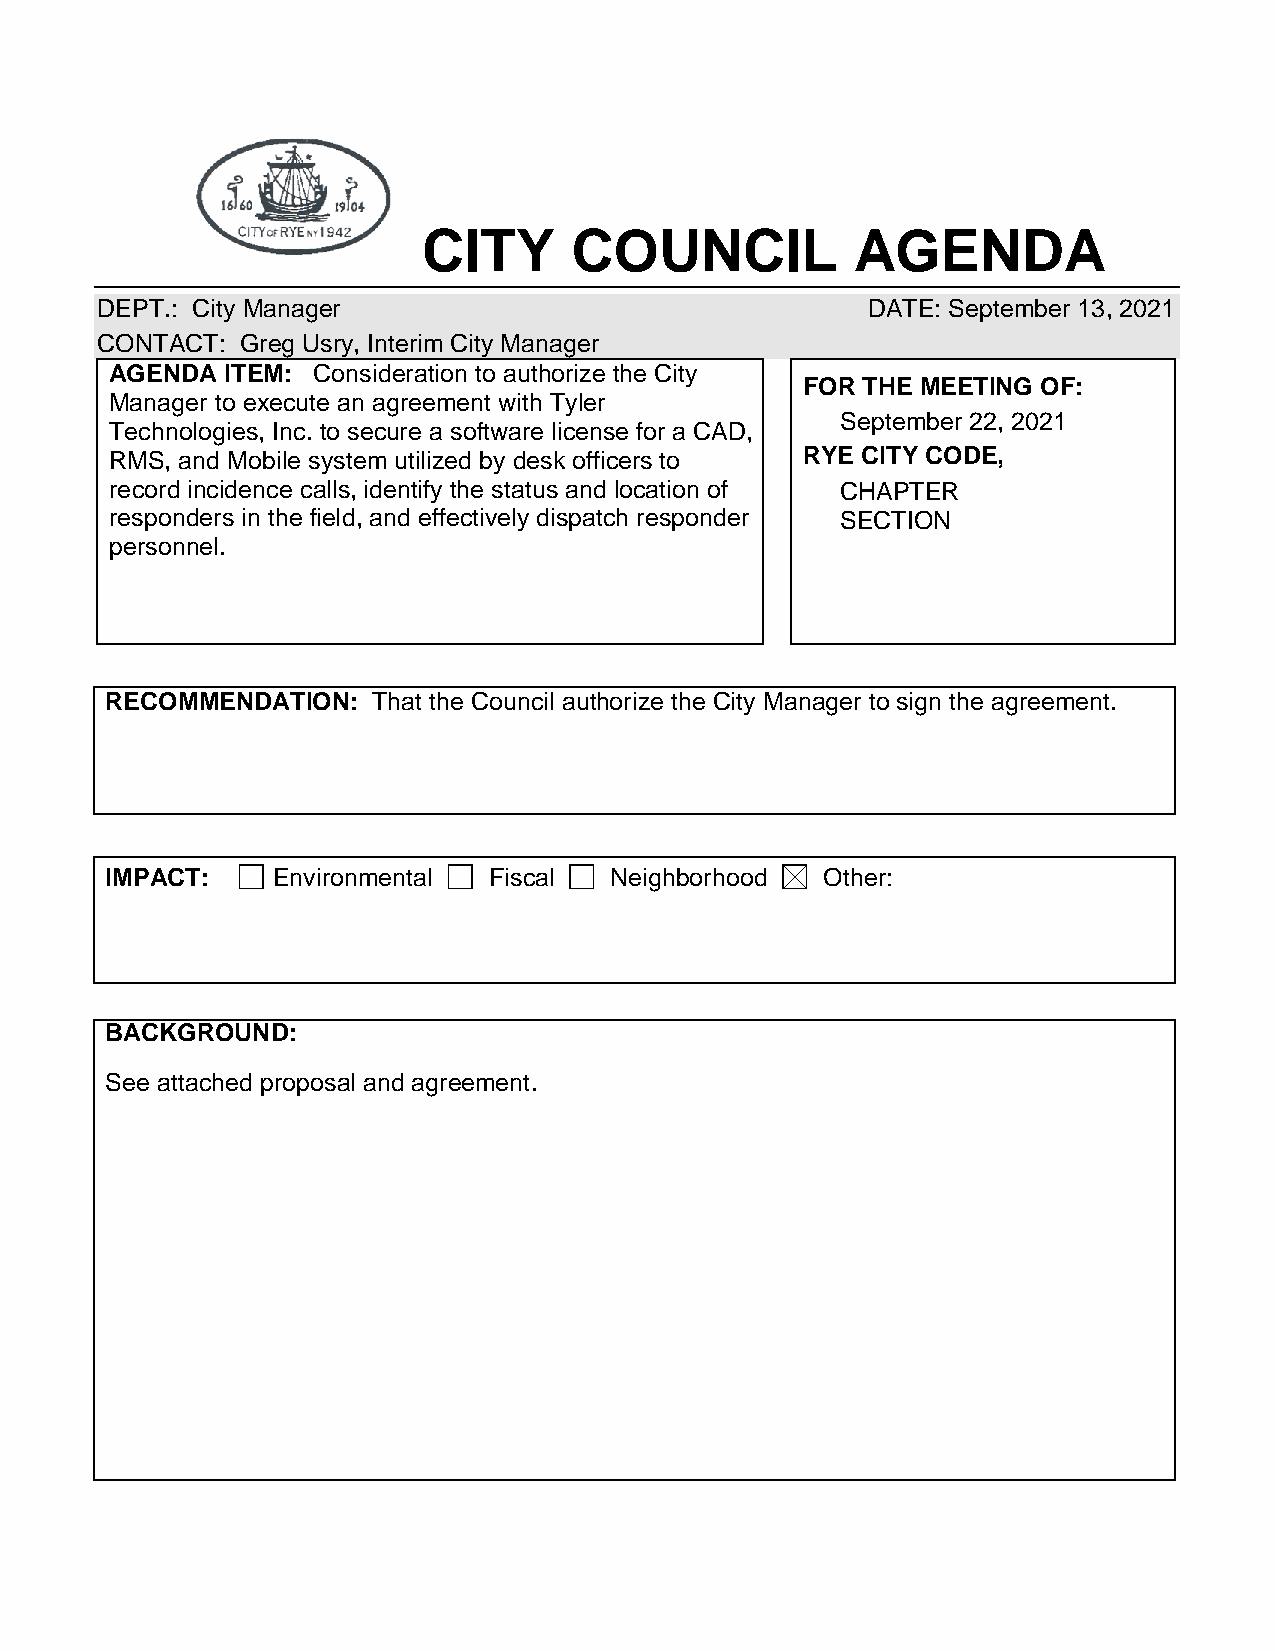
CITY      COUNCIL            AGENDA
 DEPT.: City Manager                                DATE: September 13, 2021
 CONTACT:  Greg Usry, Interim City Manager
 AGENDA  ITEM: Consideration to authorize the City
 FOR THE MEETING OF:
 Manager to execute an agreement with Tyler
 September 22, 2021
 Technologies, Inc. to secure a software license for a CAD,
 RMS, and Mobile system utilized by desk officers to RYE CITY CODE,
 record incidence calls, identify the status and location of CHAPTER
 responders in the field, and effectively dispatch responder SECTION
 personnel.
 RECOMMENDATION:   That the Council authorize the City Manager to sign the agreement.
 IMPACT:    Environmental Fiscal  Neighborhood   Other:
 BACKGROUND:
 See attached proposal and agreement.